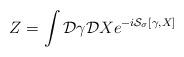
LaTeX: \begin{align*}Z=\int {\cal D}\gamma {\cal D}X e^{-i{\cal S}_\sigma [\gamma, X]}\end{align*}